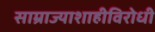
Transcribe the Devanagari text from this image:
साम्राज्याशाहीविरोधी